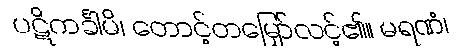
ပဋိကင်္ခါမိ၊ တောင့်တမြှော်လင့်၏။ မရဏံ၊